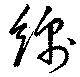
綿